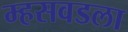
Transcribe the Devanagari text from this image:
म्हसवडला